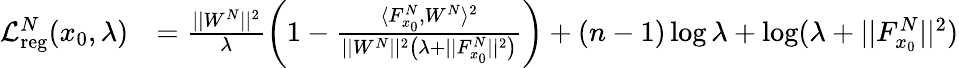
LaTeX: \begin{array}{rl}{\mathcal{L}_{\mathrm{reg}}^{N}(x_{0},\lambda)}&{=\frac{||W^{N}||^{2}}{\lambda}\bigg(1-\frac{\langle F_{x_{0}}^{N},W^{N}\rangle^{2}}{||W^{N}||^{2}\big(\lambda+||F_{x_{0}}^{N}||^{2}\big)}\bigg)+(n-1)\log\lambda+\log(\lambda+||F_{x_{0}}^{N}||^{2})}\end{array}